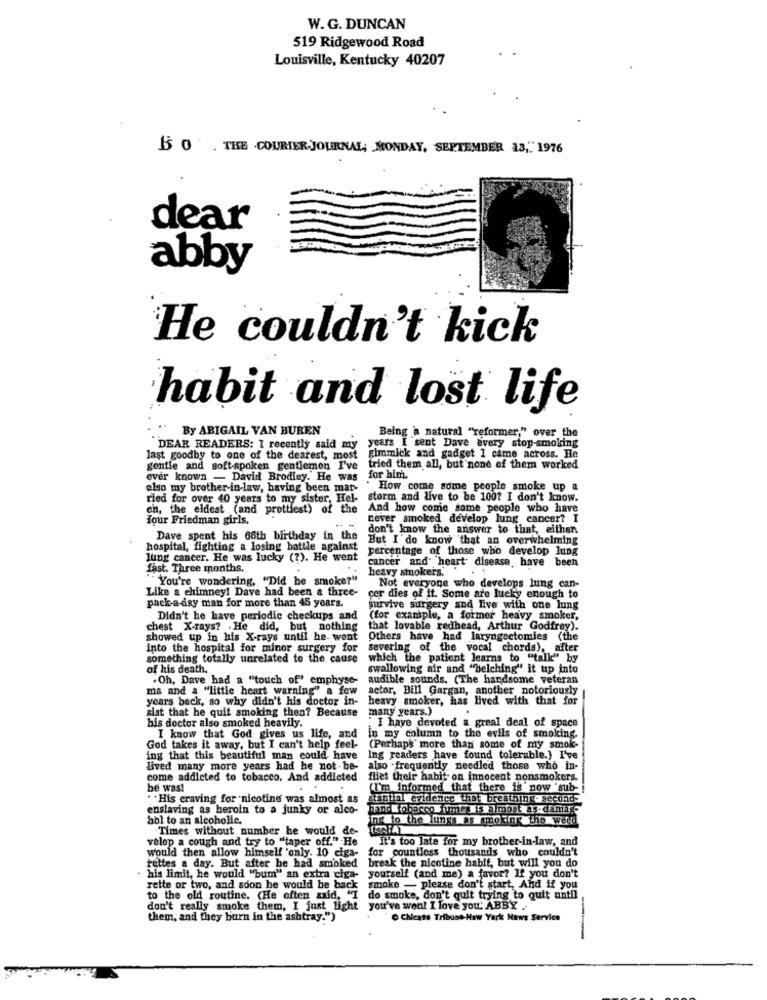
W. G. DUNCAN
519 Ridgewood Road
Louisville, Kentucky 40207
$ 0 . THE COURIER-JOURNAL; MONDAY, SEPTEMBER 13," 1976
dear
abby
He couldn't kick
habit and lost life
By ABIGAIL VAN BUREN
Being a natural "reformer," over the
DEAR READERS: I recently said my
years I sent Dave every stop-smoking
last goodby to one of the dearest, most
gimmick and gadget I came across. He
gentle and soft-spoken gentlemen I've
tried them all, but none of them worked
ever known - David Brodiey. He was
for him.
also my brother-in-law, having been mar-
How come some people smoke up a
ried for over 40 years to my sister, Hel- storm and live to be 100? I don't know.
ch, the eldest (and prettiest) of the
And how come some people who have
four Friedman girls.
never smoked develop lung cancer? I
don't know the answer to that, either.
Dave spent his 66th birthday in the
But I'do know that an overwhelming
hospital, fighting a losing battle against
percentage of those who develop lung
lung cancer. He was lucky (?). He went
fast. Three months.
cancer and heart disease, have been
heavy smokers.
" You're wondering, "Did he smoke?"
Like a chimney! Dave had been & three-
Not everyone who develops lung can-
pack-a-day man for more than 45 years.
cer dies of it. Some are lucky enough to
survive surgery and Five with one hung
Didn't he have periodic checkups and
(for example, a former heavy_sm
chest X-rays? . He did, but nothing
that lovable redhead, Arthur Godfrey).
showed up in his X-rays until he- went
Others have had laryngectomies (the
into the hospital for minor surgery for
severing of the vocal chords), after
something totally unrelated to the cause
which the patient learns to "talk" by
of his death.
swallowing air and "belching" it up into
+Oh, Dave had a "touch of" emphyse-
audible sounds. (The handsome veteran
ma and a "little heart warning" a few
actor, Bill Gargan, another notoriously
years back, ao why didn't his doctor in-
heavy smoker, has lived with that for
sist that he quit smoking then? Because
many years.)
bis doctor also smoked heavily.
I have devoted a greal deal of space
I know that God gives us life, and
in my column to the evils of smoking.
God takes it away, but I can't help feel-
(Perhaps more than some of my smok-
ing that this beautiful man could have
Ing readers have found tolerable.) I've
lived many more years had he not-be-
also .frequently needled those who in-
come addicted to tobacco. And addicted
fliet their habit on innocent nonsmokers.
be was!
(I'm informed that there is now 'sub -!
* * His craving for nicotine was almost as
stantial evidence that breathing- seconds
enslaving as heroin to a junky or alco-
Tawn. W Charco fumer is almost as-damage
hol to an alcoholic.
ne to the lungs as smoking the weed
Times without number he would de-
velop a cough and try to "taper off." He
It's too late for my brother-in-law, and
for countless thousands who couldn't
would then allow himself 'only. 10 ciga-
break the nicotine habit, but will you do
tuttes a day. But after he had smoked
his limit, he would "bum" an extra ciga- yourself (and me) a favor? If you don't
rette or two, and soon he would be back
smoke - please don't start, And if you
to the old routine. (He often said, "I
do smoke, don't quit trying to quit until
don't really smoke them, I just light
you've wen! I love you: ABBY .
them, and they burn in the ashtray.")
"O Chicate Tribune-New York Haws Service
-